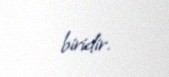
biridir.